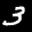
Label: 3